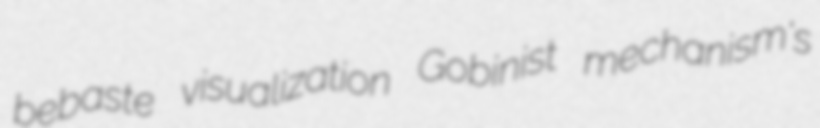
bebaste visualization Gobinist mechanism's